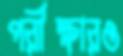
পরীক্ষারও